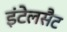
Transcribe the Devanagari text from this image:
इंटेलसैट